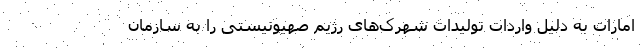
امارات به دلیل واردات تولیدات شهرک‌های رژیم صهیونیستی را به سازمان